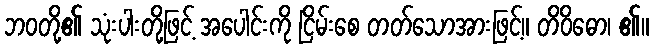
ဘဝတို့၏ သုံးပါးတို့ဖြင့် အပေါင်းကို ငြိမ်းစေ တတ်သောအားဖြင့်။ တိဝိဓော၊ ၏။